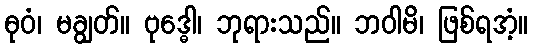
ဓုဝံ၊ မချွတ်။ ဗုဒ္ဓေါ၊ ဘုရားသည်။ ဘဝါမိ၊ ဖြစ်ရအံ့။